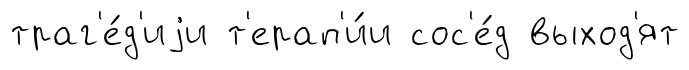
траг'е́д'иjи т'ерап'и́и сос'е́д выход'ят